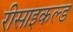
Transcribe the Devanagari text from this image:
रीसाइकल्ड